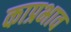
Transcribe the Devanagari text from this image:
काप्रभाव